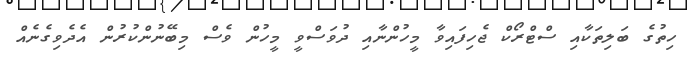
ހިތުގެ ބަލިތަކާއި ސްޓްރޯކް ޖެހިފައިވާ މީހުންނާއި ދުވަސްވީ މީހުން ވެސް މިބޭނުންކުރުން އެދެވިގެނެއް